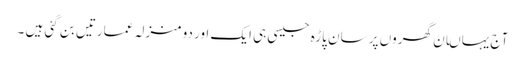
آج یہاںان گھروں پر سان پاڑہ جیسی ہی ایک اور دو منزلہ عمارتیں بن گئی ہیں ۔